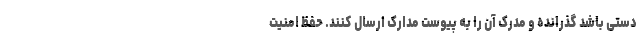
دستی باشد گذرانده و مدرک آن را به پیوست مدارک ارسال کنند. حفظ امنیت